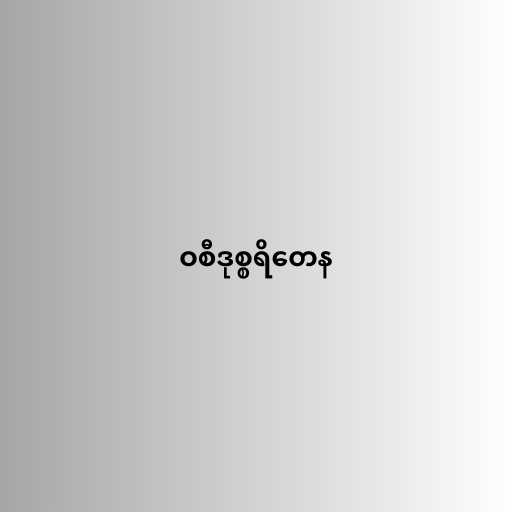
ဝစီဒုစ္စရိတေန